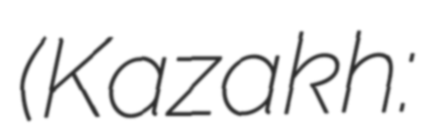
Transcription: (Kazakh: